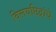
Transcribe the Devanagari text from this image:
विलयछिद्रांचे